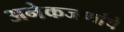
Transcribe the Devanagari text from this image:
अनेकजणांचे